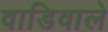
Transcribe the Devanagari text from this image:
वाडिवाले